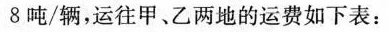
8吨/辆，运往甲、乙两地的运费如下表：